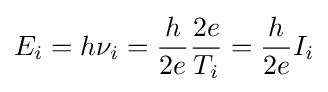
E_{i}=h\nu _{i}={\frac {h}{2e}}{\frac {2e}{T_{i}}}={\frac {h}{2e}}I_{i}